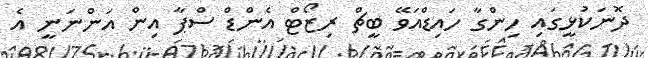
ދޮނަކުޅީގައި ހިންގާ ހައިޑްއަވޭ ބީޗް ރިޒޯޓް އެންޑް ސްޕާ އިން އަންނަނީ އެ